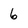
Character: 6